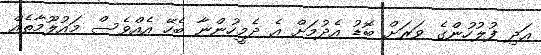
އަދި ފުލުހުންގެ ވަރަށް ބޮޑު އެދުމަށް އެ ދެމީހުންނާ ބެހޭ އެއްވެސް މައުލޫމާތެއް